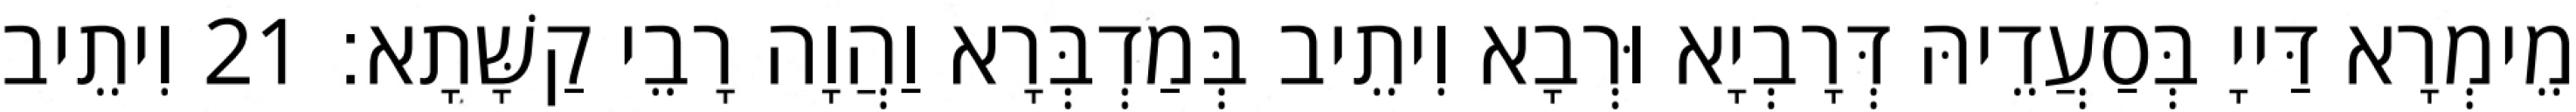
מֵימְרָא דַּייָ בְּסַעֲדֵיהּ דְּרָבְיָא וּרְבָא וִיתֵיב בְּמַדְבְּרָא וַהֲוָה רָבֵי קַשָּׁתָא׃ 21 וִיתֵיב